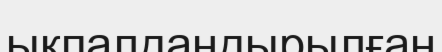
ықпалдандырылған